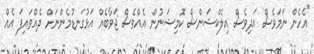
"އެހެން ނަމަވެސް އަދިވެސް އިލެކްޝަންސް ކޮމިޝަނުން އެއްވެސް ޖަވާބެއް އަޅުގަނޑުމެންނަށް ދެއްވައިފަ އެއް